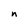
Character: n